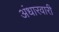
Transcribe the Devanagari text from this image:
अंधारवारी